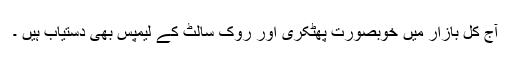
آج کل بازار میں خوبصورت پھٹکری اور روک سالٹ کے لیمپس بھی دستیاب ہیں ۔